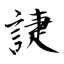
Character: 誱